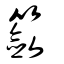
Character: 籨